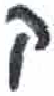
אות: ק